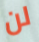
لن